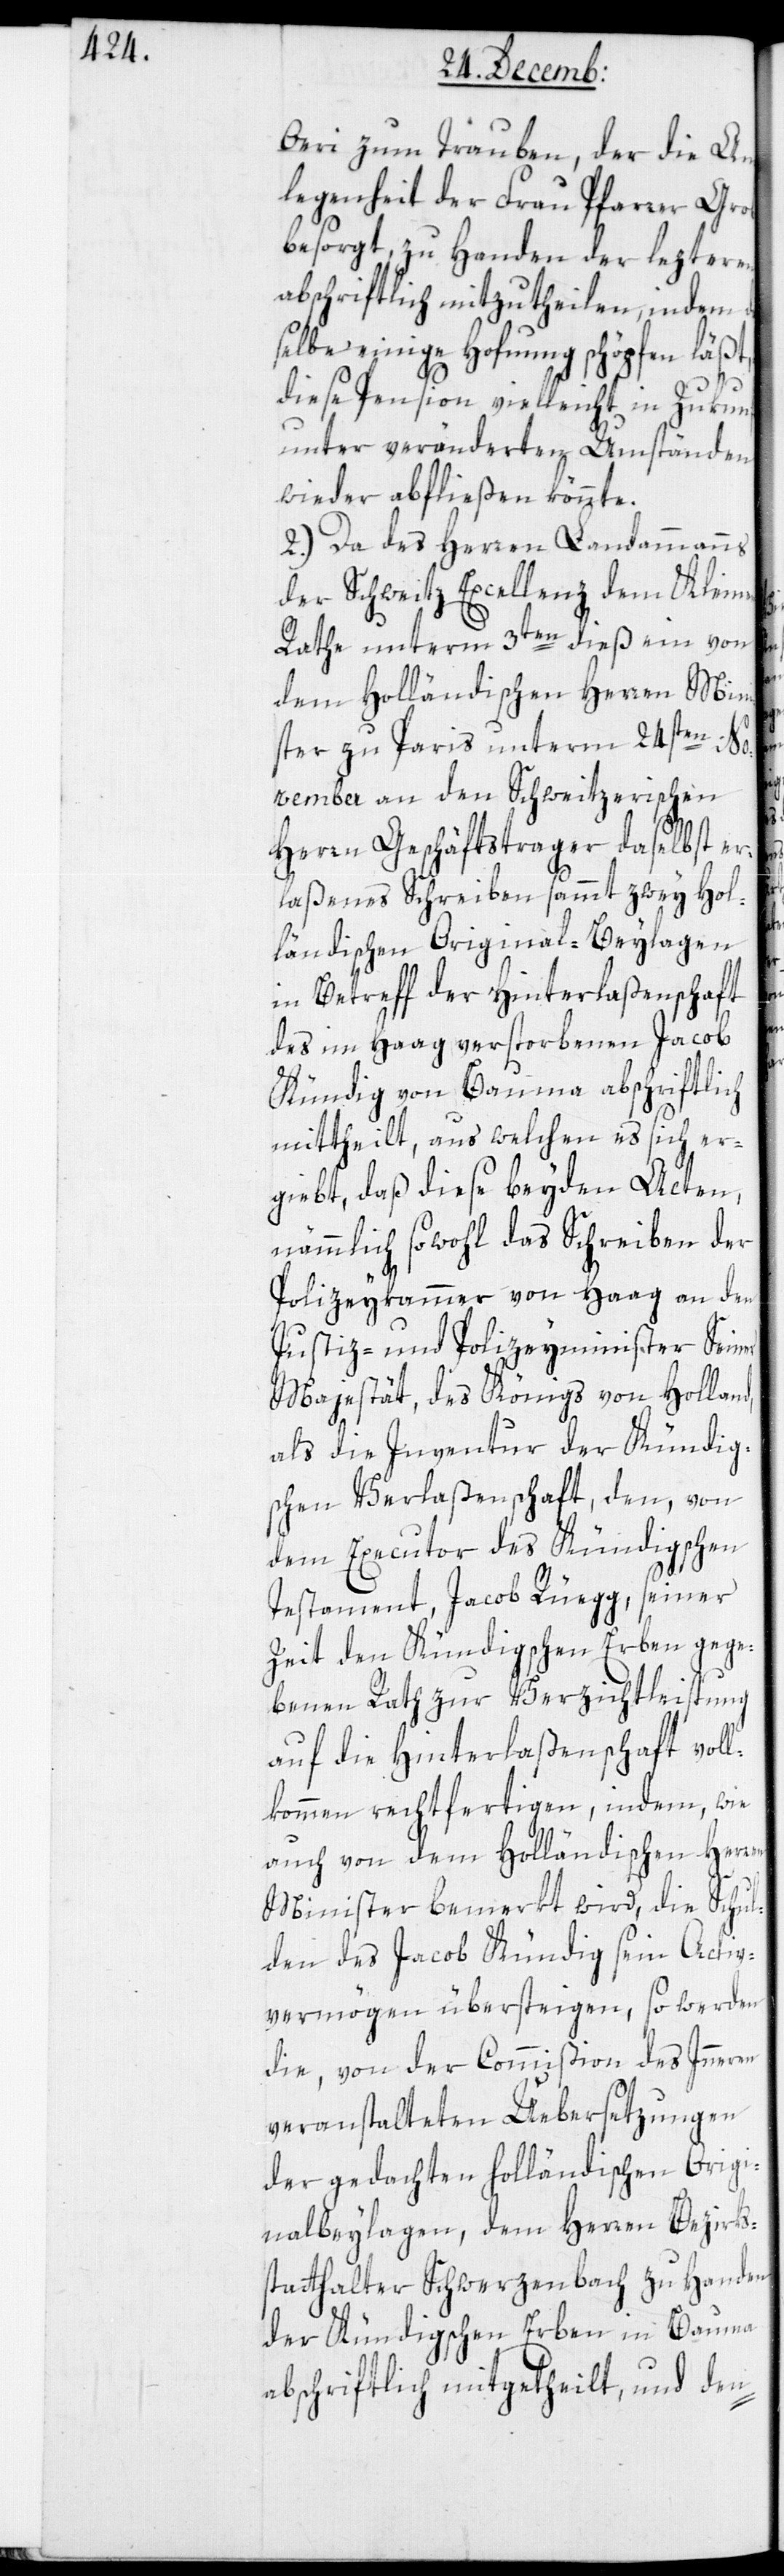
d,

Oeri zum Trauben, der die Ang¬
elegenheit der Frau Pfarrer Grob
besorgt, zu Handen der lezteren
abschriftlich mitzutheilen, indem
daßelbe einige Hoffnung schöpfen läßt,
diese Pension vielleicht in Zukunft
unter veränderten Umständen
wieder abfließen könnte.
2.) Da des Herren Landammanns
der Schweitz Excellenz dem Kleinen
Rathe unterm 3ten dieß ein von
dem Holländischen Herren Mini¬
ster zu Paris unterm 24sten No¬
vember an den Schweitzerischen
Herren Geschäftstrager daselbst er¬
laßenes Schreiben sammt zwey hol¬
ländischen Original-Beylagen
in Betreff der Hinterlaßenschaft
des im Haag verstorbenen Jacob
Kündig von Bauma abschriftlich
mittheilt, aus welchen es sich er¬
giebt, daß diese beyden Acten,
nämmlich sowohl das Schreiben der
Polizeykammer von Haag an den
Justiz- und Polizeyminister Seiner
Majestät, des Königs von Hollan¬
als die Inventur der Kündig¬
schen Verlaßenschaft, den von
dem Executor des Kündigschen
Testament, Jacob Rüegg, seiner
Zeit den Kündigschen Erben gege¬
benen Rath zur Verzichtleistung
auf die Hinterlaßenschaft voll¬
kommen rechtfertigen, indem, wie
auch von dem Holländischen Herren
Minister bemerkt wird, die Schul¬
den des Jacob Kündig seyn Activ¬
vermögen übersteigen, so werden
die, von der Commißion des Inneren
veranstalteten Übersetzungen
der gedachten holländischen Origi¬
nalbeylagen, dem Herren Bezirks¬
statthalter Schwerzenbach zu Handen
der Kündigischen Erben in Bauma
abschriftlich mitgetheilt, und den-